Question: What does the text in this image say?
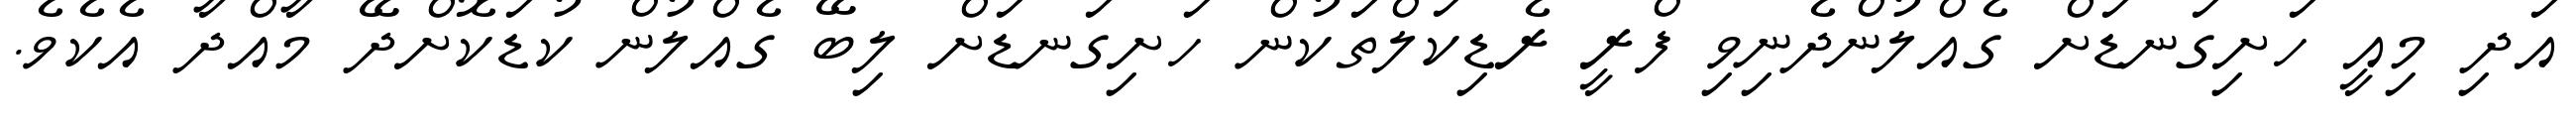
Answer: އަދި މިއީ ހަށިގަނޑަށް ގެއްލުންދެނިވި ފްރީ ރެޑިކަލްތަކުން ހަށިގަނޑަށް ލިބޭ ގެއްލުން ކުޑަކޮށްދޭ މާއްދާ އެކެވެ.